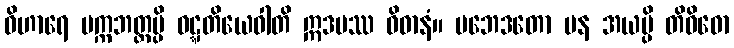
ဝိဟာရေ ပက္ကဘတ္တမ္ပိ ဝဋ္ဋတိယေဝါတိ ဣဒမဿ ဝိဓာနံ။ ပဘေဒတော ပန အယမ္ပိ တိဝိဓော